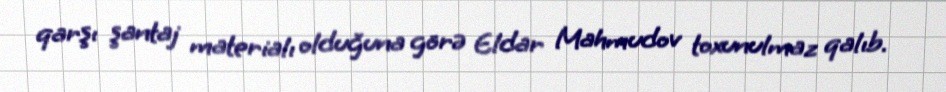
qarşı şantaj materialı olduğuna görə Eldar Mahmudov toxunulmaz qalıb.